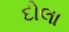
દોલા